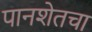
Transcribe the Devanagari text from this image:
पानशेतचा